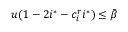
u ( 1 - 2 i ^ { * } - c _ { i } ^ { r } i ^ { * } ) \le \bar { \beta }